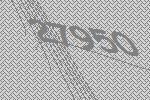
27950